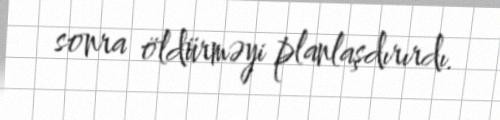
sonra öldürməyi planlaşdırırdı.